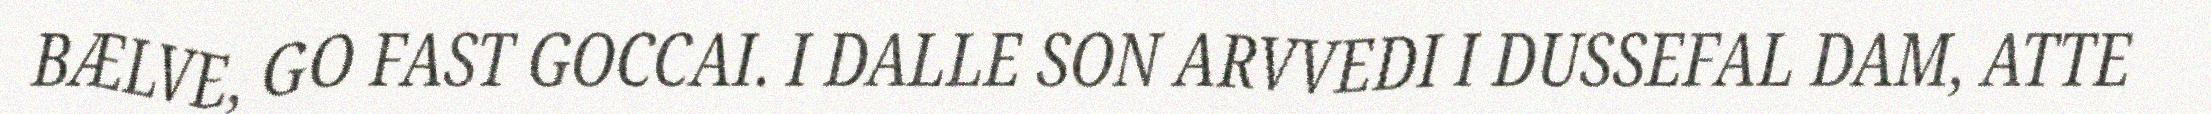
BÆLVE, GO FAST GOCCAI. I DALLE SON ARVVEDI I DUSSEFAL DAM, ATTE